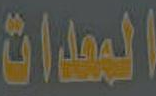
المعدات